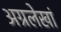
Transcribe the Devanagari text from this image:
अग्रलेखां